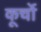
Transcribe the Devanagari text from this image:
कूर्चो